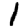
Digit: 1